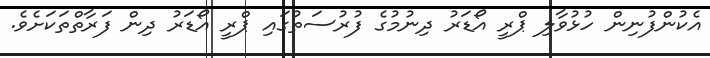
އެކުންފުނިން ހުޅުވާލި ޕްރީ އޯޑަރު ދިނުމުގެ ފުރުސަތުގައި ޕްރީ އޯޑަރު ދިން ފަރާތްތަކަށެވެ.